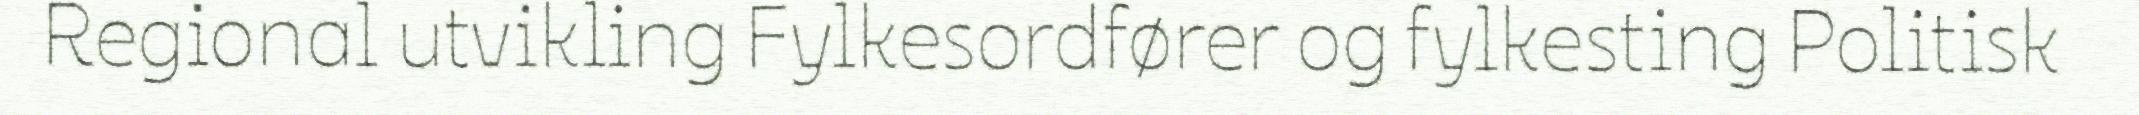
Regional utvikling Fylkesordfører og fylkesting Politisk